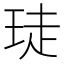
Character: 𮴙